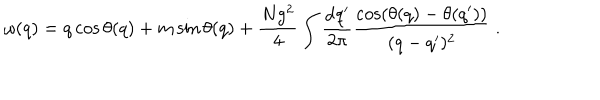
LaTeX: \omega ( q ) = q \cos \theta ( q ) + m \sin \theta ( q ) + \frac { N g ^ { 2 } } { 4 } \int \frac { \mathrm { d } q ^ { \prime } } { 2 \pi } \frac { \cos \left( \theta ( q ) - \theta ( q ^ { \prime } ) \right) } { ( q - q ^ { \prime } ) ^ { 2 } } \ .